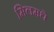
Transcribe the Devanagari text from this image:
मिलमधे